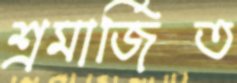
শ্রমার্জিত